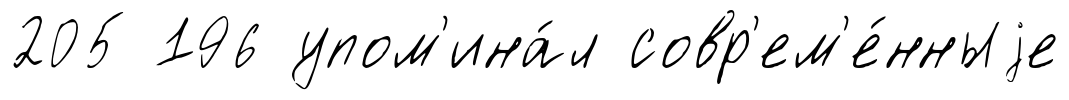
205 196 упом'ина́л совр'ем'е́нныjе